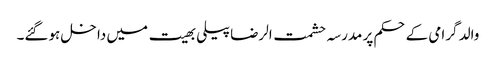
والد گرامی کےحکم پر مدرسہ حشمت الرضا پیلی بھیت میں داخل ہوگئے۔